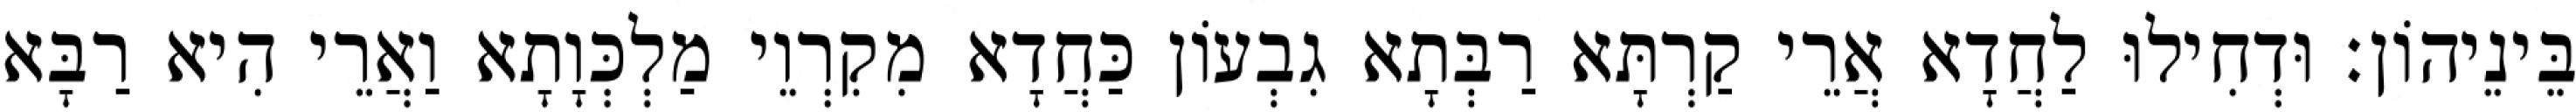
בֵּינֵיהוֹן׃ וּדְחִילוּ לַחֲדָא אֲרֵי קַרְתָּא רַבְּתָא גִבְעוֹן כַּחֲדָא מִקִרְוֵי מַלְכְּוָתָא וַאֲרֵי הִיא רַבָּא